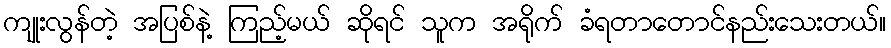
ကျုးလွန်တဲ့ အပြစ်နဲ့ ကြည့်မယ် ဆိုရင် သူက အရိုက် ခံရတာတောင်နည်းသေးတယ်။